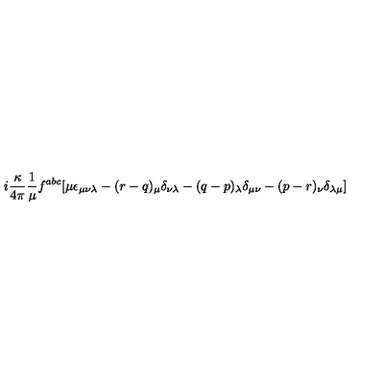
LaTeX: i \frac { \kappa } { 4 \pi } \frac { 1 } { \mu } f ^ { a b c } [ \mu \epsilon _ { \mu \nu \lambda } - ( r - q ) _ { \mu } \delta _ { \nu \lambda } - ( q - p ) _ { \lambda } \delta _ { \mu \nu } - ( p - r ) _ { \nu } \delta _ { \lambda \mu } ]